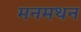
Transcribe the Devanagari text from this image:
मनमथन